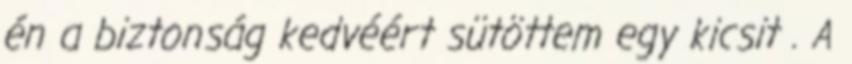
én a biztonság kedvéért sütöttem egy kicsit . A